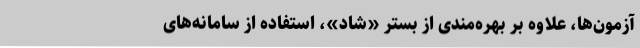
آزمون‌ها، علاوه بر بهره‌مندی از بستر «شاد»، استفاده از سامانه‌های